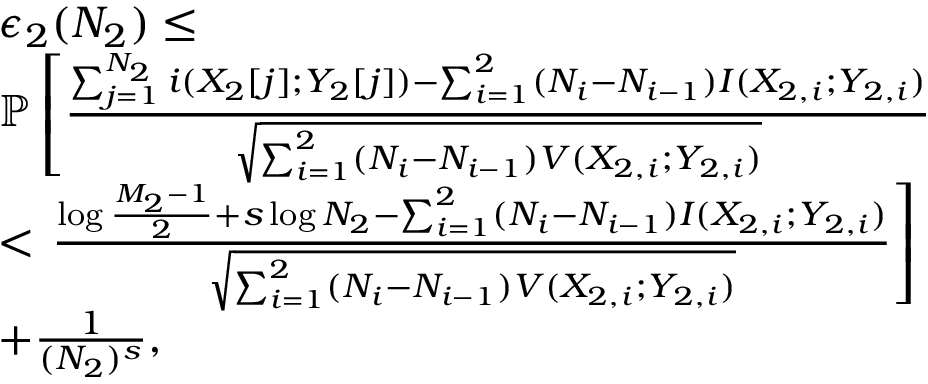
\begin{array} { r l } & { \epsilon _ { 2 } ( N _ { 2 } ) \leq } \\ & { \mathbb { P } \left[ \frac { \sum _ { j = 1 } ^ { N _ { 2 } } i ( X _ { 2 } [ j ] ; Y _ { 2 } [ j ] ) - \sum _ { i = 1 } ^ { 2 } ( N _ { i } - N _ { i - 1 } ) I ( X _ { 2 , i } ; Y _ { 2 , i } ) } { \sqrt { \sum _ { i = 1 } ^ { 2 } ( N _ { i } - N _ { i - 1 } ) V ( X _ { 2 , i } ; Y _ { 2 , i } ) } } \right. } \\ & { < \left. \frac { \log \frac { M _ { 2 } - 1 } { 2 } + s \log N _ { 2 } - \sum _ { i = 1 } ^ { 2 } ( N _ { i } - N _ { i - 1 } ) I ( X _ { 2 , i } ; Y _ { 2 , i } ) } { \sqrt { \sum _ { i = 1 } ^ { 2 } ( N _ { i } - N _ { i - 1 } ) V ( X _ { 2 , i } ; Y _ { 2 , i } ) } } \right] } \\ & { + \frac { 1 } { ( N _ { 2 } ) ^ { s } } , } \end{array}